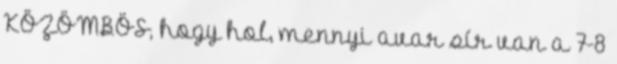
KÖZÖMBÖS, hogy hol, mennyi avar sír van a 7-8